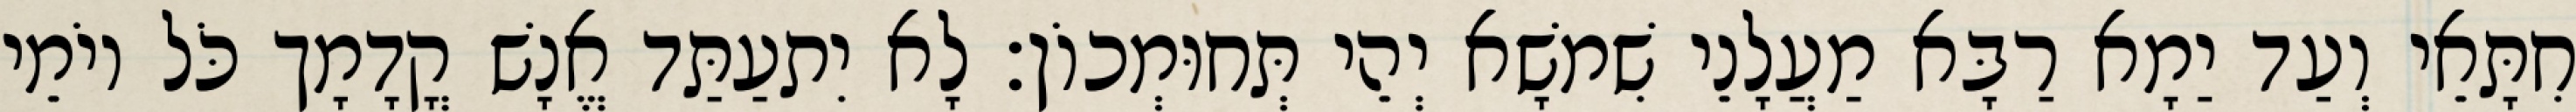
חִתָּאֵי וְעַד יַמָא רַבָּא מַעֲלָנֵי שִׁמשָׁא יְהֵי תְּחוּמְכוֹן׃ לָא יִתעַתַּד אֱנָשׁ קֳדָמָך כֹּל יוֹמֵי